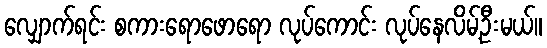
လျှောက်ရင်း စကားရောဖောရော လုပ်ကောင်း လုပ်နေလိမ့်ဦးမယ်။